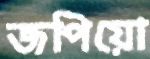
জপিয়ো